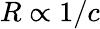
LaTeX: R\propto 1/c